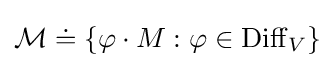
{\mathcal {M}}\doteq \{\varphi \cdot M:\varphi \in \operatorname {Diff} _{V}\}